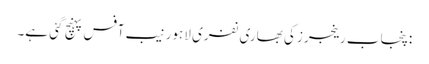
:پنجاب رینجرز کی بھاری نفری لاہور نیب آفس پہنچ گئی ہے۔